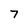
Character: 7